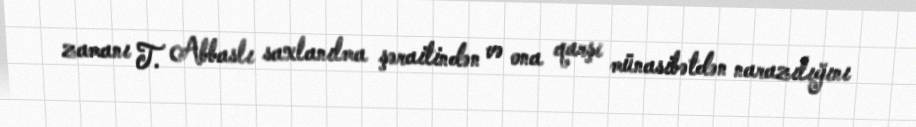
zamanı T. Abbaslı saxlanılma şəraitindən və ona qarşı münasibətdən narazılığını